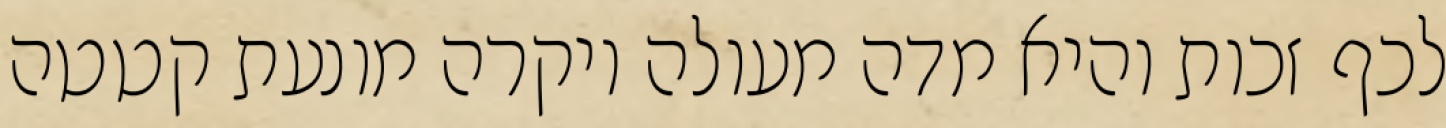
לכף זכות והיא מדה מעולה ויקרה מונעת קטטה